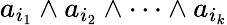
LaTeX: a_{i_{1}}\wedge a_{i_{2}}\wedge\cdots\wedge a_{i_{k}}